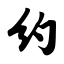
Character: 约